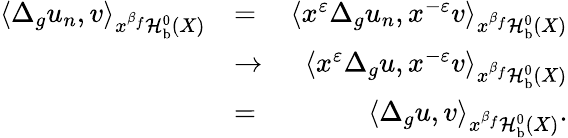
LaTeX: \begin{array}{rlr}{\left<\Delta_{g}u_{n},v\right>_{x^{\beta_{f}}\mathcal H_{\mathrm{b}}^{0}(X)}}&{=}&{\left<x^{\varepsilon}\Delta_{g}u_{n},x^{-\varepsilon}v\right>_{x^{\beta_{f}}\mathcal H_{\mathrm{b}}^{0}(X)}}\\ &{\to}&{\left<x^{\varepsilon}\Delta_{g}u,x^{-\varepsilon}v\right>_{x^{\beta_{f}}\mathcal H_{\mathrm{b}}^{0}(X)}}\\ &{=}&{\left<\Delta_{g}u,v\right>_{x^{\beta_{f}}\mathcal H_{\mathrm{b}}^{0}(X)}.}\end{array}